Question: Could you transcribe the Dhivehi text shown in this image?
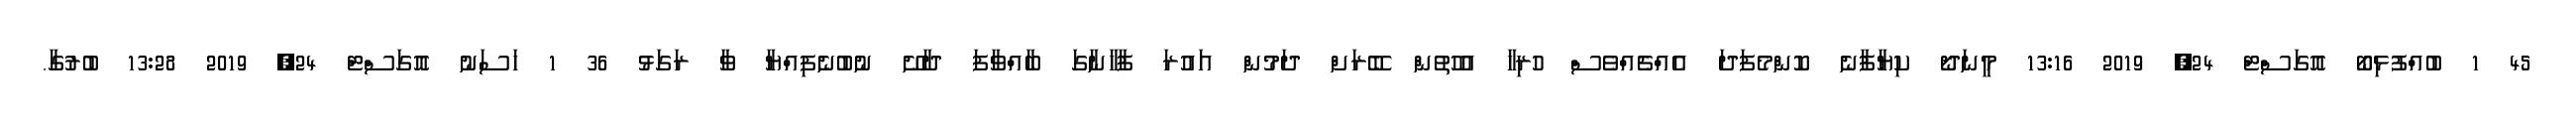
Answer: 45 1 ބުއްފުޅިބޯ އޮގަސްޓް 24, 2019 13:16 މީނަދޯ ކިޔާފާނެ ކޮންމެފަދަ އެއްޗެއްވެސް ހުރިހާ އުހުތުން ބޭރަށް ދަމުން އައުރަ ފާހާނާގަ ބާއްވާފަ ދާށޭ ނުބުނެފިއްޔާ ވާ ރަގަޅު 36 1 ހަސަނު އޮގަސްޓް 24, 2019 13:28 ބުރުގާ.